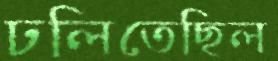
ঢলিতেছিল